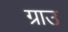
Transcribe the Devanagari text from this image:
ग्राउ